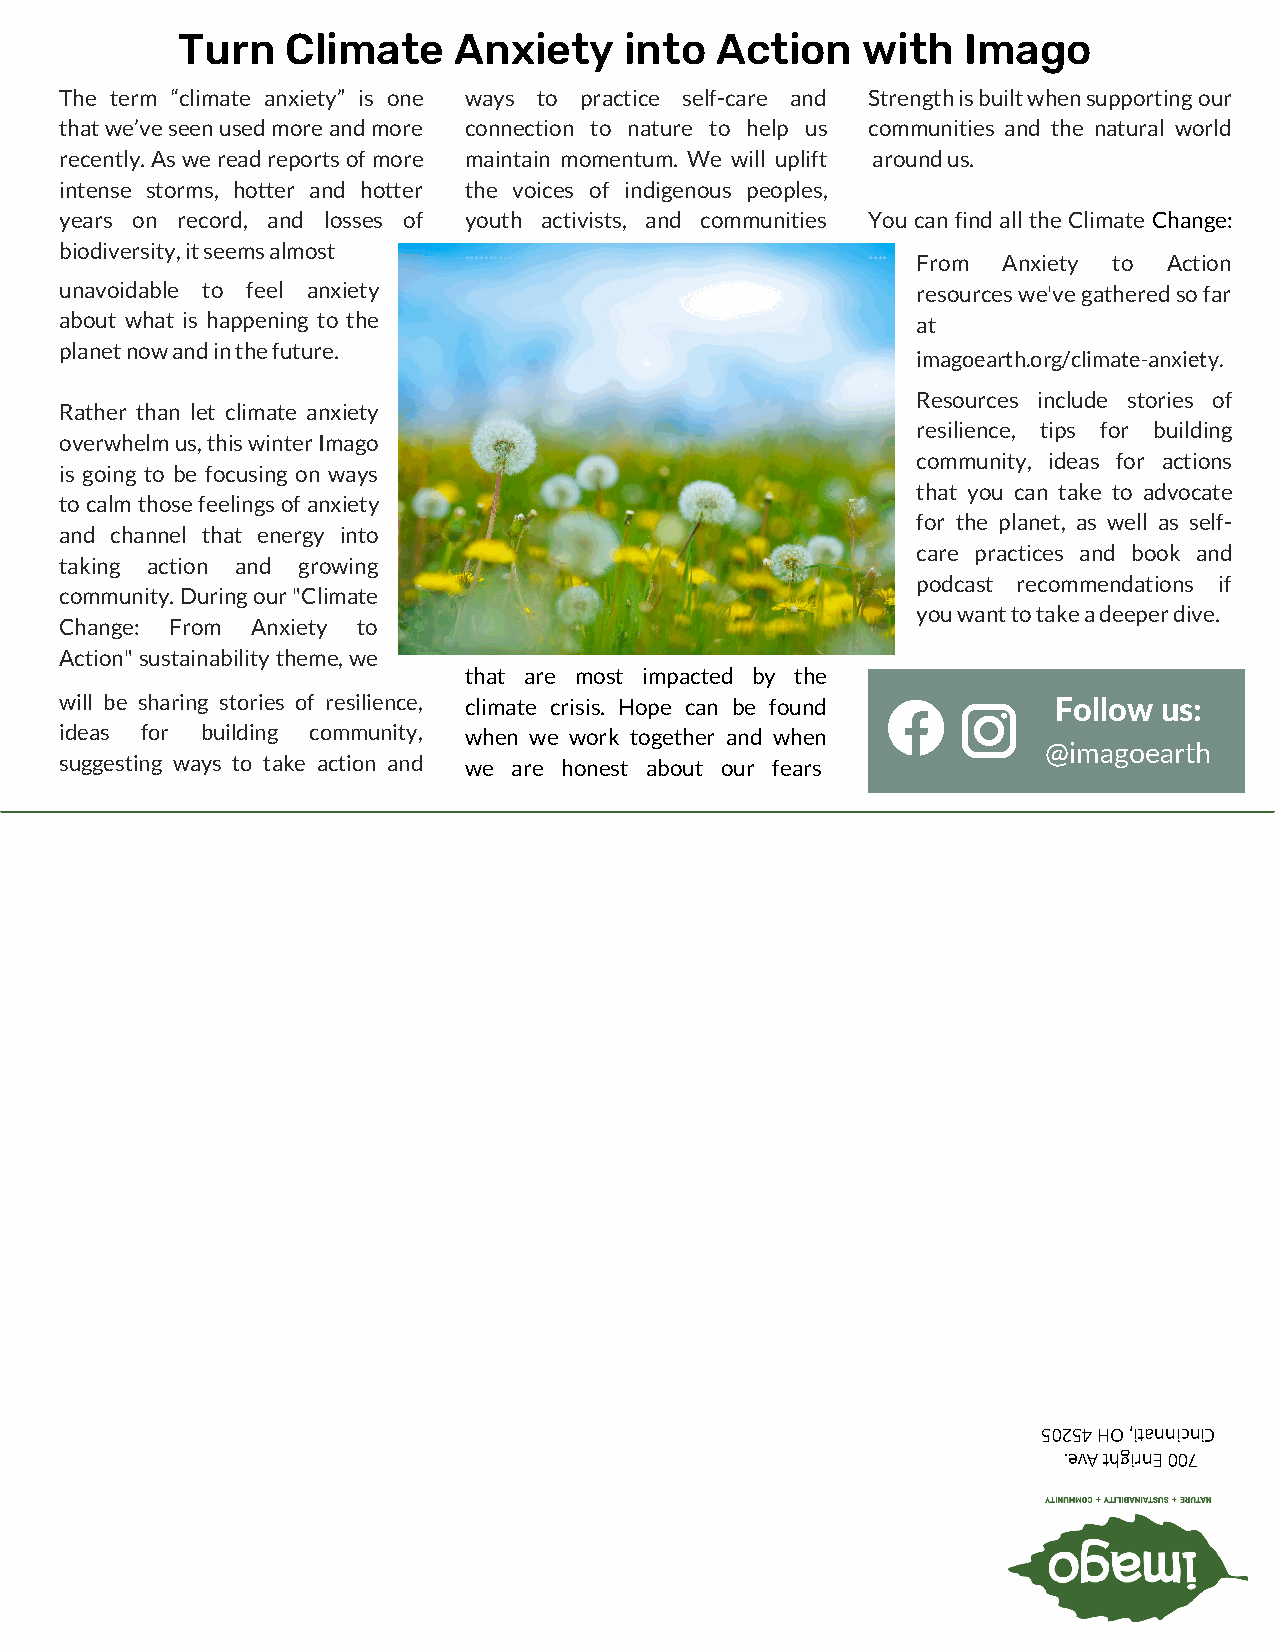
Turn   Climate    Anxiety    into  Action    with   Imago
 The term “climate anxiety” is one ways to practice self-care and Strength is built when supporting our
 that we’ve seen used more and more connection to nature to help us communities and the natural world
 recently. As we read reports of more maintain momentum. We will uplift around us.
 intense storms, hotter and hotter the voices of indigenous peoples,
 years on record, and losses of youth activists, and communities You can find all the Climate Change:
 biodiversity, it seems almost ..........             ....
 From Anxiety to Action
 unavoidable to feel anxiety                              resources we've gathered so far
 about what is happening to the                           at
 planet now and in the future.
 imagoearth.org/climate-anxiety.
 Resources include stories of
 Rather than let climate anxiety
 resilience, tips for building
 overwhelm us, this winter Imago
 community, ideas for actions
 is going to be focusing on ways
 that you can take to advocate
 to calm those feelings of anxiety
 for the planet, as well as self-
 and channel that energy into
 care practices and book and
 taking action and growing
 podcast recommendations if
 community. During our "Climate
 you want to take a deeper dive.
 Change: From Anxiety to
 Action" sustainability theme, we
 that are most impacted by the
 .
 will be sharing stories of resilience, climate crisis. Hope can be found Follow us:
 ideas for building community, when we work together and when
 @imagoearth
 suggesting ways to take action and we are honest about our fears.
 ..........                 ..............
 50254 HO ,itannicniC
 .evA thgirnE 007